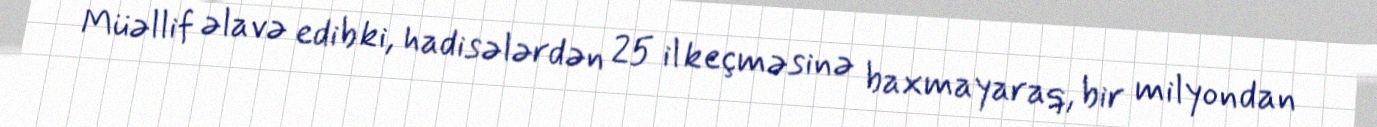
Müəllif əlavə edib ki, hadisələrdən 25 il keçməsinə baxmayaraq, bir milyondan